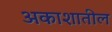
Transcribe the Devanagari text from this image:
अकाशातील